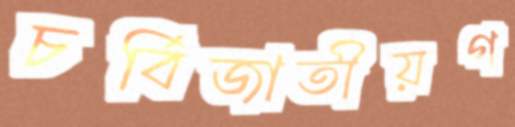
চর্বিজাতীয়গ